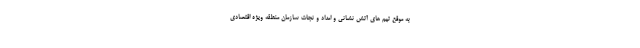
به موقع تیم های آتش نشانی و امداد و نجات سازمان منطقه ویژه اقتصادی